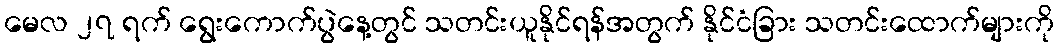
မေလ ၂၇ ရက် ရွေးကောက်ပွဲနေ့တွင် သတင်းယူနိုင်ရန်အတွက် နိုင်ငံခြား သတင်းထောက်များကို